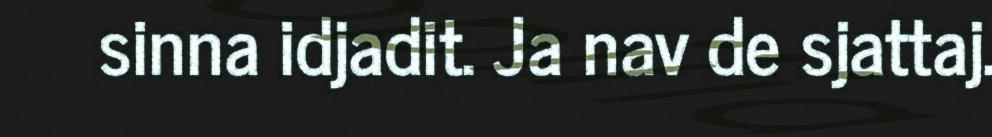
sinna idjadit. Ja nav de sjattaj.